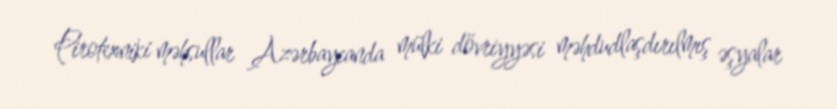
Pirotexniki məhsullar Azərbaycanda mülki dövriyyəsi məhdudlaşdırılmış əşyalar